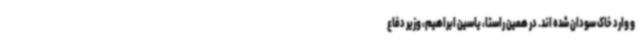
و وارد خاک سودان شده اند. در همین راستا، یاسین ابراهیم، وزیر دفاع